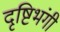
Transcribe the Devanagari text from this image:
दृष्टिभंगी